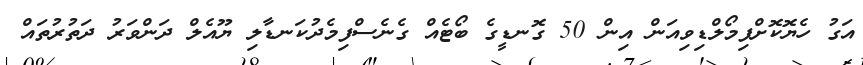
އަގު ހެޔޮކޮށްފިމޯލްޑިވިއަން އިން 50 ގޮނޑީގެ ބޯޓެއް ގެނެސްފިމެދުކަނޑާލި ޔޫއެލް ދަންވަރު ދަތުރުތައް